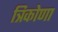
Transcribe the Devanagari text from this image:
त्रिकोणा